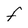
Character: F